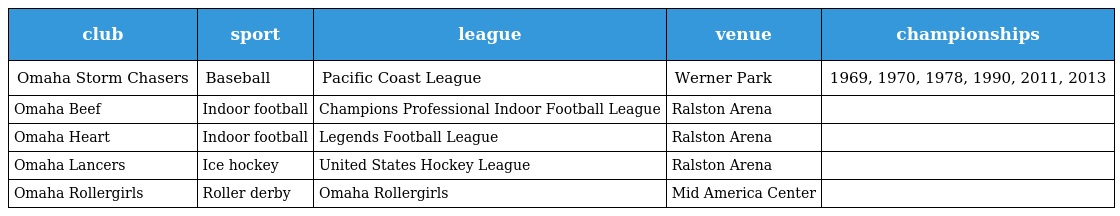
| club | sport | league | venue | championships |
 | --- | --- | --- | --- | --- |
 | Omaha Storm Chasers | Baseball | Pacific Coast League | Werner Park | 1969, 1970, 1978, 1990, 2011, 2013 |
 | Omaha Beef | Indoor football | Champions Professional Indoor Football League | Ralston Arena |  |
 | Omaha Heart | Indoor football | Legends Football League | Ralston Arena |  |
 | Omaha Lancers | Ice hockey | United States Hockey League | Ralston Arena |  |
 | Omaha Rollergirls | Roller derby | Omaha Rollergirls | Mid America Center |  |